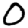
Digit: 0